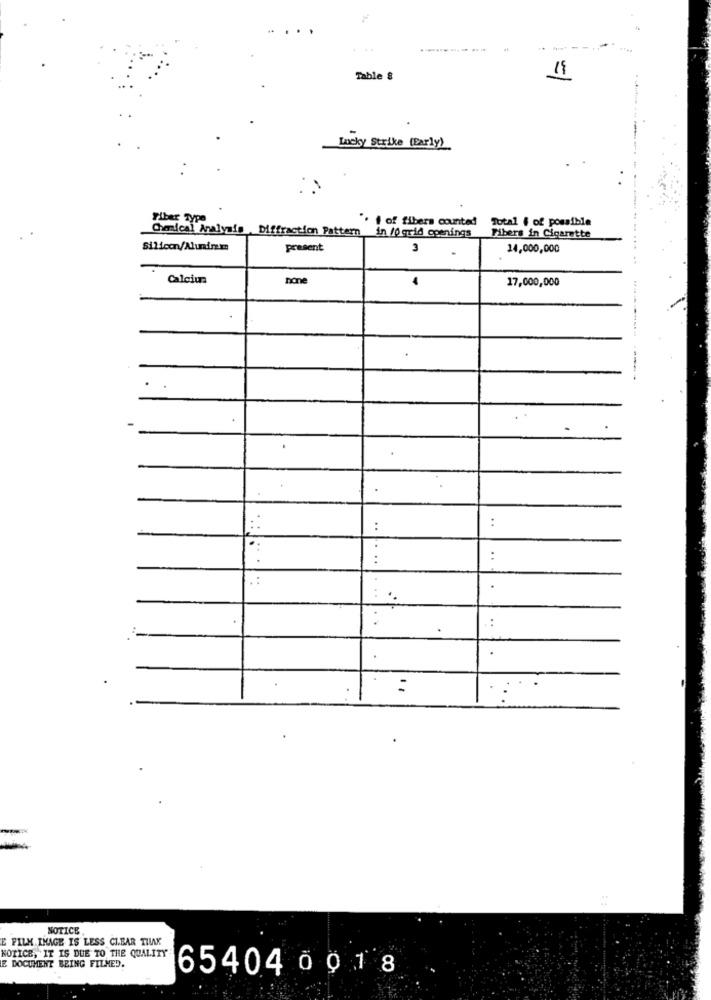
.....
Table 8
11
Lucky Strike (Early)
Fiber Type
" i of fibers counted
Total f of possible
Chamical Analysis Diffraction Pattern
in /0 grid openings
Fibers in Cigarette
Silicon/Alunirem
present
3
14,000,000
Calcium
none
17,000,000
:
..
....
:
.
:
NOTICE
E FILM IMAGE IS LESS CIBAR THAK
NOTICE, IT IS DUE TO THE QUALITY
LE DOCUMENT BEING FILMED.
65404 0 018